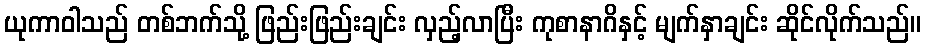
ယုကာဝါသည် တစ်ဘက်သို့ ဖြည်းဖြည်းချင်း လှည့်လာပြီး ကုစာနာဂိနှင့် မျက်နှာချင်း ဆိုင်လိုက်သည်။